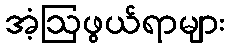
အံ့ဩဖွယ်ရာများ